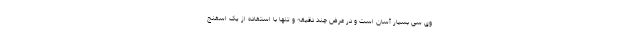
وی سی بسیار آسان است و در عرض چند دقیقه و تنها با استفاده از یک اسفنج